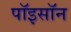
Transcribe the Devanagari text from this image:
पॉइसॉन